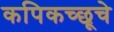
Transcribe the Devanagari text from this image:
कपिकच्छूचे